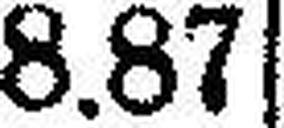
8.87